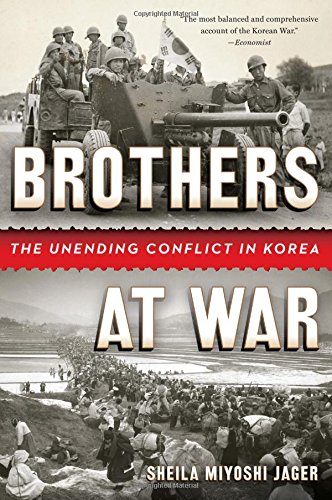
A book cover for Brothers at War: The Unending Conflict in Korea; Sheila Miyoshi Jager; History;